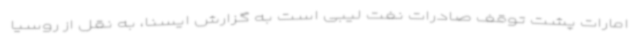
امارات پشت توقف صادرات نفت لیبی است به گزارش ایسنا، به نقل از روسیا